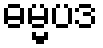
ဓမ္မပဒ